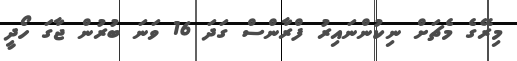
މިރޭގެ މެޗަށް ނިކުންނައިރު ފްރާންސް ގަދަ 16 ވަނަ ބުރުން ޖާގަ ހޯދީ